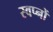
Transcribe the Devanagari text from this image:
स्वप्‍नों